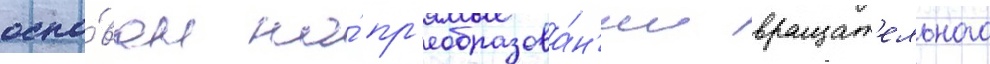
осно́ван на́ пр'еобразова́н'ии вращат'ельного